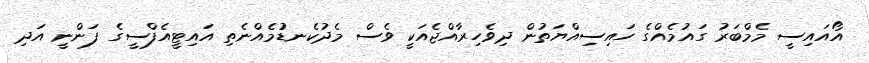
އޯއައިސީ މެމްބަރު ގައުމެއްގެ ހައިސިއްޔަތުން ދިވެހިރާއްޖެއަކީ ވެސް މެދުކެނޑުުމެއްނެތި އައިޓީއެފްސީގެ ފަންނީ އަދި